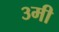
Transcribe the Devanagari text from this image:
३मी